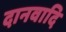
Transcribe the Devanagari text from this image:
दानवादि